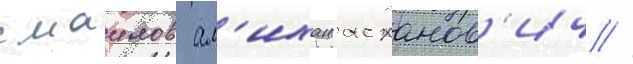
смаилов ал'ихан асханов'ич //